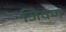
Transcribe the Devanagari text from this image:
जिवण